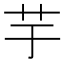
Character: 芋